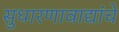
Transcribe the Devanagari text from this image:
सुधारणावाद्यांचे